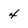
Character: 4